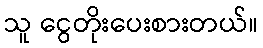
သူ ငွေတိုးပေးစားတယ်။